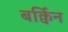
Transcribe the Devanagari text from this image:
बर्क्विन